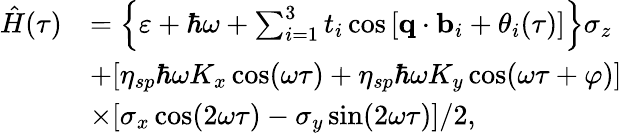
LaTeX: \begin{array}{rl}{\hat{H}(\tau)}&{=\left\{ \varepsilon+\hbar\omega+\sum_{i=1}^{3}t_{i}\cos\left[\textbf{q}\cdot\textbf{b}_{i}+\theta_{i}(\tau)\right]\right\} \sigma_{z}}\\ &{+[\eta_{sp}\hbar\omega K_{x}\cos(\omega\tau)+\eta_{sp}\hbar\omega K_{y}\cos(\omega\tau+\varphi)]}\\ &{\times[\sigma_{x}\cos(2\omega\tau)-\sigma_{y}\sin(2\omega\tau)]/2,}\end{array}